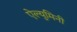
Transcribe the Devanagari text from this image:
ऐल्युमिनी